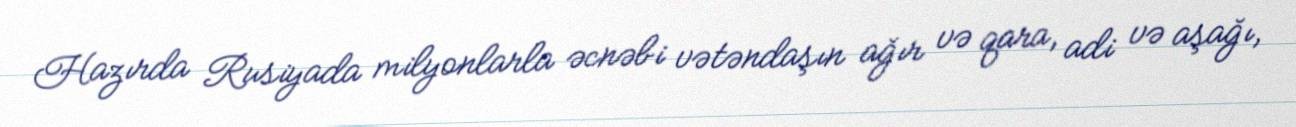
Hazırda Rusiyada milyonlarla əcnəbi vətəndaşın ağır və qara, adi və aşağı,